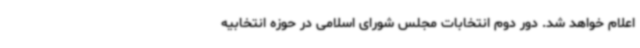
اعلام خواهد شد. دور دوم انتخابات مجلس شورای اسلامی در حوزه انتخابیه